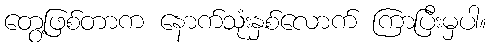
တွေ့ဖြစ်တာက နောက်သုံးနှစ်လောက် ကြာပြီးမှပါ။